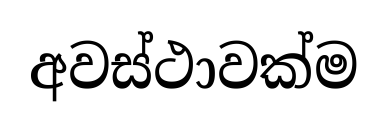
අවස්ථාවක්ම